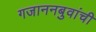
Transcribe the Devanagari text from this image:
गजाननबुवांची